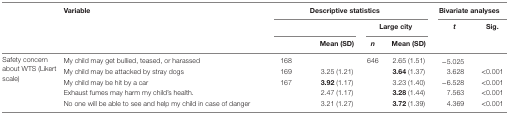
<table><thead><tr><td rowspan="3">[EMPTY_CELL]</td><td rowspan="3"><b>Variable</b></td><td colspan="4"><b>Descriptive statistics</b></td><td colspan="2"><b>Bivariate analyses</b></td></tr><tr><td colspan="2">[EMPTY_CELL]</td><td colspan="2"><b>Large city</b></td><td rowspan="2"><b><i>t</i></b></td><td rowspan="2"><b>Sig.</b></td></tr><tr><td>[EMPTY_CELL]</td><td><b>Mean (SD)</b></td><td><b><i>n</i></b></td><td><b>Mean (SD)</b></td></tr></thead><tbody><tr><td rowspan="5">Safety concern about WTS (Likert scale)</td><td>My child may get bullied, teased, or harassed</td><td>168</td><td>[EMPTY_CELL]</td><td>646</td><td>2.65 (1.51)</td><td>−5.025</td><td>[EMPTY_CELL]</td></tr><tr><td>My child may be attacked by stray dogs</td><td>169</td><td>3.25 (1.21)</td><td>[EMPTY_CELL]</td><td><b>3.64</b> (1.37)</td><td>3.628</td><td>&lt;0.001</td></tr><tr><td>My child may be hit by a car</td><td>167</td><td><b>3.92</b> (1.17)</td><td>[EMPTY_CELL]</td><td>3.23 (1.40)</td><td>−6.528</td><td>&lt;0.001</td></tr><tr><td>Exhaust fumes may harm my child’s health.</td><td>[EMPTY_CELL]</td><td>2.47 (1.17)</td><td>[EMPTY_CELL]</td><td><b>3.28</b> (1.44)</td><td>7.563</td><td>&lt;0.001</td></tr><tr><td>No one will be able to see and help my child in case of danger</td><td>[EMPTY_CELL]</td><td>3.21 (1.27)</td><td>[EMPTY_CELL]</td><td><b>3.72</b> (1.39)</td><td>4.369</td><td>&lt;0.001</td></tr></tbody></table>